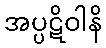
အပ္ပဋိဝါနိ